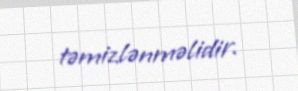
təmizlənməlidir.